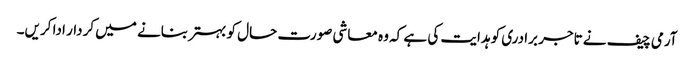
آرمی چیف نے تاجر برادری کو ہدایت کی ہے کہ وہ معاشی صورت حال کو بہتر بنانے میں کردار ادا کریں۔